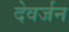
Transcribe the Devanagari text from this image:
देवर्जन